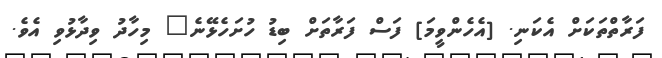
ފަރާތްތަކަށް އެކަނި. [އެހެންވީމަ] ފަސް ފަރާތަށް ބިޑު ހުށަހެޅޭނެ" މިހާދު ވިދާޅުވި އެވެ.